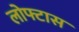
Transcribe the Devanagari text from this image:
लोफ्टास